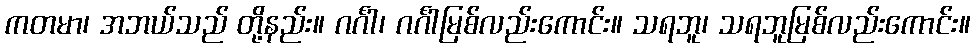
ကတမာ၊ အဘယ်သည် တို့နည်း။ ဂင်္ဂါ၊ ဂင်္ဂါမြစ်လည်းကောင်း။ သရဘူ၊ သရဘူမြစ်လည်းကောင်း။